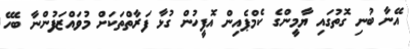
އޭނާ ބުނި ގޮތުގައި ޔާމީންގެ ކެމްޕެއިން އޮފީހުން ގުޅާ ފަރާތްތަކަށް މުވައްޒަފުންނާ ބެހޭ